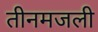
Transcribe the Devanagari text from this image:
तीनमजली